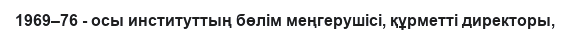
1969–76 - осы институттың бөлім меңгерушісі, құрметті директоры,